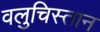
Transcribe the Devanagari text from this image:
वलुचिस्तान